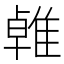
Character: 𨿧